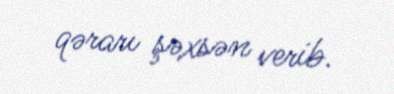
qərarı şəxsən verib.